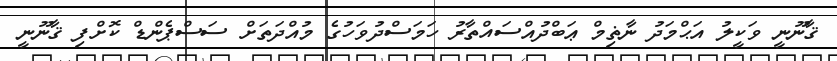
ޤާނޫނީ ވަކީލު އަޙްމަދު ނާޡިމް ޢަބްދުއްސައްތާރު ހަމަސްދުވަހުގެ މުއްދަތަށް ސަސްޕެންޑް ކޮށްފި ޤާނޫނީ